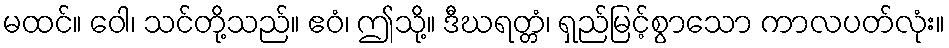
မထင်။ ဝေါ၊ သင်တို့သည်။ ဧဝံ၊ ဤသို့။ ဒီဃရတ္တံ၊ ရှည်မြင့်စွာသော ကာလပတ်လုံး။